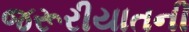
જરૂરીયાતની